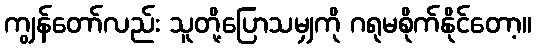
ကျွန်တော်လည်း သူတို့ပြောသမျှကို ဂရုမစိုက်နိုင်တော့။